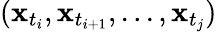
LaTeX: (\mathbf{x}_{t_{i}},\mathbf{x}_{t_{i+1}},...,\mathbf{x}_{t_{j}})